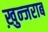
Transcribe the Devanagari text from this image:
ख़ुन्जराब